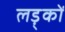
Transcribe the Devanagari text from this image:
लड़्कों